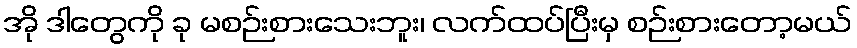
အို ဒါတွေကို ခု မစဉ်းစားသေးဘူး၊ လက်ထပ်ပြီးမှ စဉ်းစားတော့မယ်